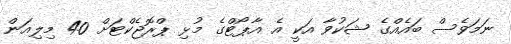
ނަމަވެސް ބައެއްގެ ޝަކުވާ އަކީ އެ އާޕޯޓްގެ މުޅި ޕްރޮޖެކްޓަށް 40 މިލިއަން